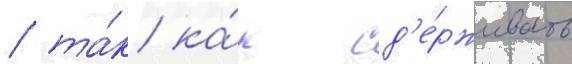
/ та́к ка́к сд'е́рживать